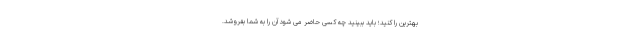
بهترین را کنید؛ باید ببینید چه کسی حاضر می شود آن را به شما بفروشد.